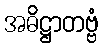
အဓိဋ္ဌာတဗ္ဗံ